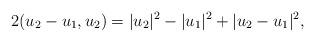
LaTeX: \begin{align*} 2( u_2 - u_1 , u_2 )= |u_2|^2-|u_1|^2 + |u_2-u_1|^2, \end{align*}